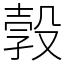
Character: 㝅